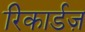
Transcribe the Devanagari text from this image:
रिकार्डज़